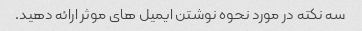
سه نکته در مورد نحوه نوشتن ایمیل های موثر ارائه دهید.